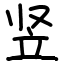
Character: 竖